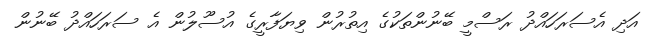
އަދި އެސަރަހައްދު ރަސްމީ ބޭނުންތަކުގެ އިތުރުން ވިޔަފާރީގެ އުސޫލުން އެ ސަރަހައްދު ބޭނުން